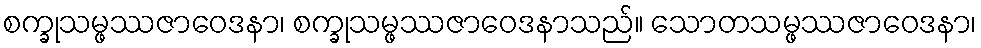
စက္ခုသမ္ဖဿဇာဝေဒနာ၊ စက္ခုသမ္ဖဿဇာဝေဒနာသည်။ သောတသမ္ဖဿဇာဝေဒနာ၊